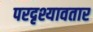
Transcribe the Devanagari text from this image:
परदृश्यावतार